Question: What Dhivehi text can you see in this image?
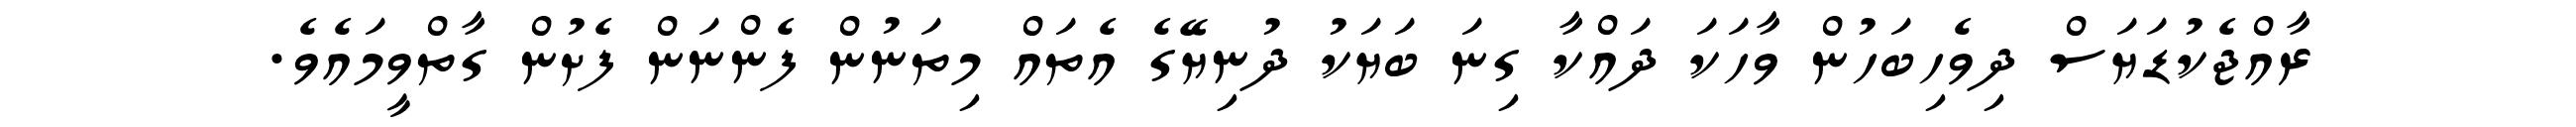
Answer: ރާއްޖެކުޑަޔަސް ދިވެހިބަހުން ވާހަކަ ދައްކާ ގިނަ ބަޔަކު ދުނިޔޭގެ އެތައް މިތަނުން ފެންނަން ފެށުން ގާތްވީމައެވެ.